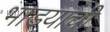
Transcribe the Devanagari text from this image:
भाडयाची